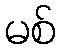
မစ်